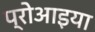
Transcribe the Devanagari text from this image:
प्रोआइया